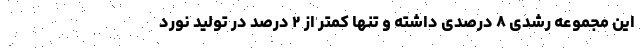
این مجموعه رشدی ۸ درصدی داشته و تنها کمتر از ۲ درصد در تولید نورد